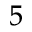
^ 5